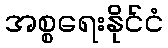
အစ္စရေးနိုင်ငံ